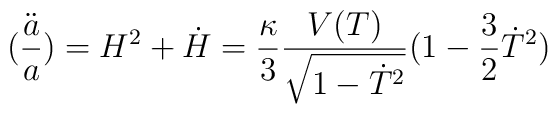
(\frac{\ddot{a}}{a})=H^2+\dot{H}=\frac{\kappa}{3}\frac{V(T)}{\sqrt{1-\dot{T}^2}}(1-\frac{3}{2}\dot{T}^2)